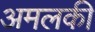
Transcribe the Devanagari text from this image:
अमलकी